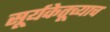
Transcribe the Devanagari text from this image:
सूर्यकेतूच्याच